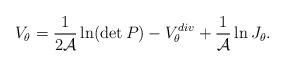
LaTeX: \begin{align*}V_\theta = {1\over 2{\cal A}}\ln(\det P)- V_\theta^{div} +{1\over{\cal A}}\ln J_\theta . \end{align*}